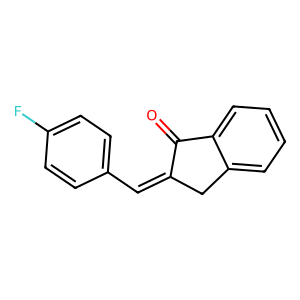
SMILES: O=C1C(=Cc2ccc(F)cc2)Cc2ccccc21
Inhibits HIV replication: No